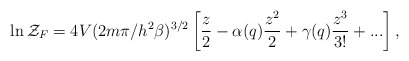
\begin{align*}\ln {\cal Z}_F=4V(2m\pi/h^2\beta)^{3/2}\left[\frac{z}{2}-\alpha(q) \frac{z^{2}}{2}+\gamma(q)\frac{z^{3}}{3!}+...\right],\end{align*}